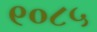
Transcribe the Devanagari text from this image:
९०८५